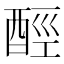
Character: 𨠸